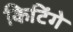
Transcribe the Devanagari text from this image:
किटिंगे